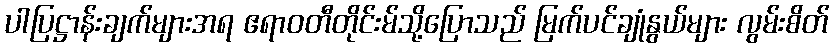
ပါပြဋ္ဌာန်းချက်များအရ ဧရာဝတီတိုင်းမ်သို့ပြောသည် မြက်ပင်ချုံနွယ်များ လွမ်းစိတ်